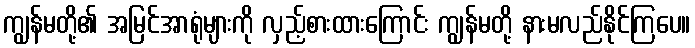
ကျွန်မတို့၏ အမြင်အာရုံများကို လှည့်စားထားကြောင်း ကျွန်မတို့ နားမလည်နိုင်ကြပေ။